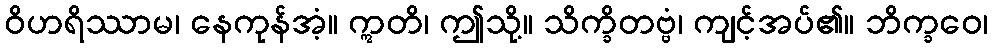
ဝိဟရိဿာမ၊ နေကုန်အံ့။ ဣတိ၊ ဤသို့။ သိက္ခိတဗ္ဗံ၊ ကျင့်အပ်၏။ ဘိက္ခဝေ၊